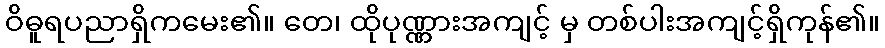
ဝိဓူရပညာရှိကမေး၏။ တေ၊ ထိုပုဏ္ဏားအကျင့် မှ တစ်ပါးအကျင့်ရှိကုန်၏။